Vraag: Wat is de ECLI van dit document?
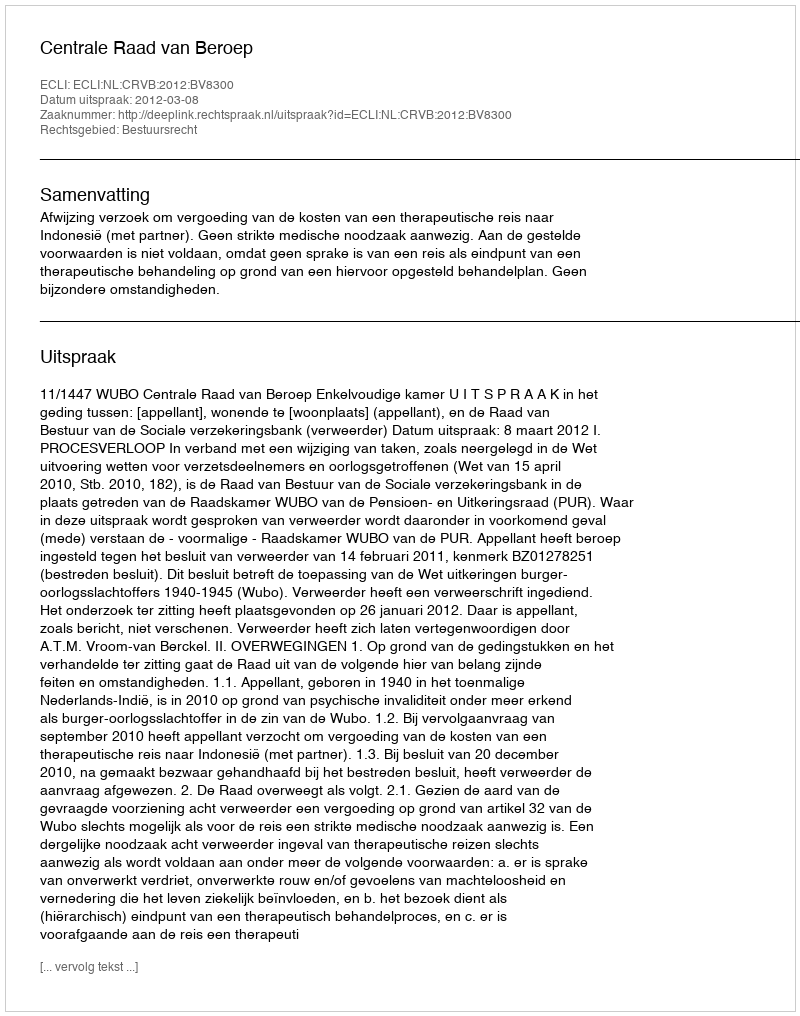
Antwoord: ECLI:NL:CRVB:2012:BV8300